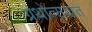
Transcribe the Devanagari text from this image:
ग्रंथोत्सवात